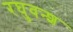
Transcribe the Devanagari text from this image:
रघुवन्श